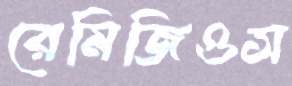
রেমিজিওস